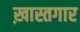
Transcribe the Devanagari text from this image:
ख़ास्तगार